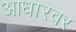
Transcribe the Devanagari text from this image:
आधारवर